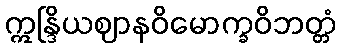
ဣန္ဒြိယဈာနဝိမောက္ခဝိဘတ္တံ